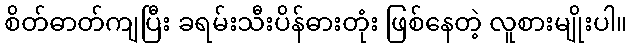
စိတ်ဓာတ်ကျပြီး ခရမ်းသီးပိန်ဓားတုံး ဖြစ်နေတဲ့ လူစားမျိုးပါ။